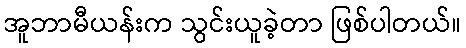
အူဘာမီယန်းက သွင်းယူခဲ့တာ ဖြစ်ပါတယ်။